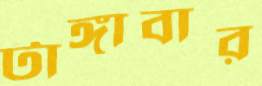
টাঙ্গাবার